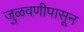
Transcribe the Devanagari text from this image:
जुळवणीपासून